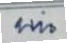
บน